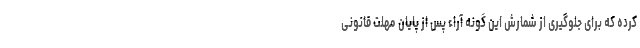
کرده که برای جلوگیری از شمارش این گونه آراء پس از پایان مهلت قانونی